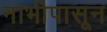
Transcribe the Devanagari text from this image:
नाभीपासून